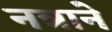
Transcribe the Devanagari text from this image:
नत्राने